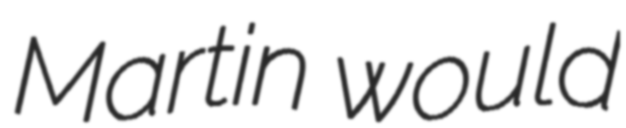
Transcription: Martin would